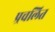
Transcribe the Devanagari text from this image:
प्र्रचलित